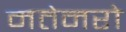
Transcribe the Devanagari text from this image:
मतेनरो